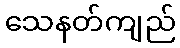
သေနတ်ကျည်